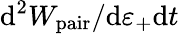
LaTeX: \mathrm{d^{2}}W_{\mathrm{pair}}/\mathrm{d}\varepsilon_{+}\mathrm{d}t